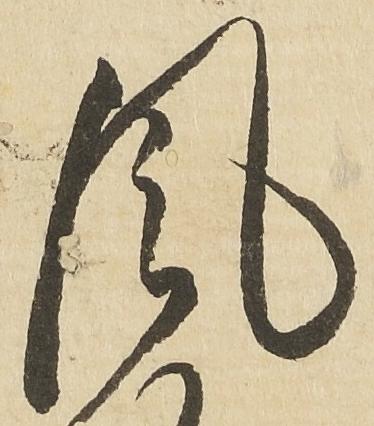
風